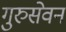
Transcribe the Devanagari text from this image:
गुरुसेवन